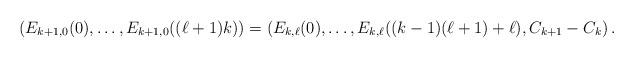
LaTeX: \begin{align*}\left(E_{k+1,0}(0),\ldots,E_{k+1,0}((\ell+1)k)\right) =\left(E_{k,\ell}(0),\ldots,E_{k,\ell}((k-1)(\ell+1)+\ell),C_{k+1}-C_{k}\right).\end{align*}